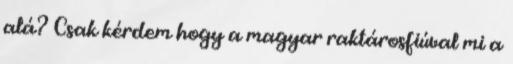
alá? Csak kérdem hogy a magyar raktárosfiúval mi a